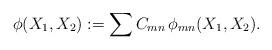
LaTeX: \begin{align*}\phi (X_{1},X_{2}):=\sum C_{mn}\,\phi _{mn}(X_{1},X_{2}). \end{align*}